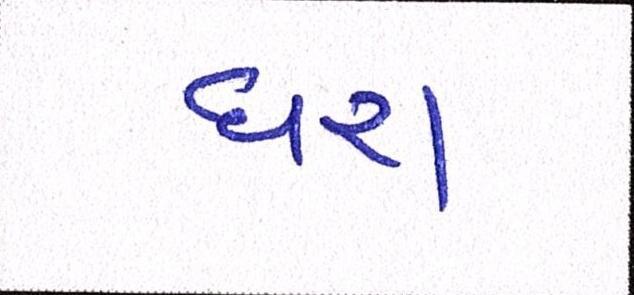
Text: ધરા